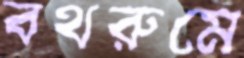
বথরুমে